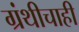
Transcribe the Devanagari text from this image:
ग्रंथीचाही